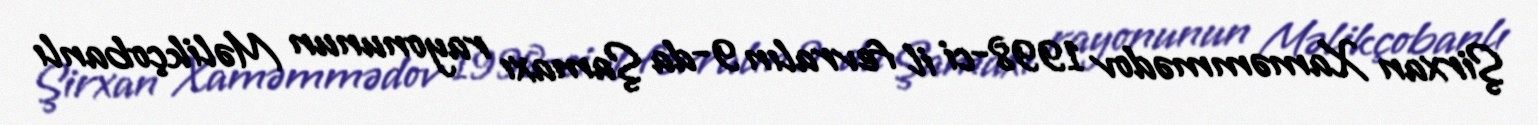
Şirxan Xaməmmədov 1998-ci il fevralın 9-da Şamaxı rayonunun Məlikçobanlı